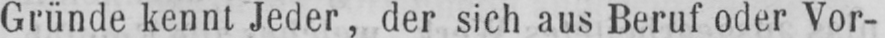
Gründe kennt Jeder, der sich aus Beruf oder Vor-